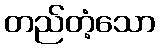
တည်တံ့သော